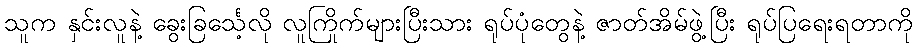
သူက နှင်းလူနဲ့ ခွေးခြင်္သေ့လို လူကြိုက်များပြီးသား ရုပ်ပုံတွေနဲ့ ဇာတ်အိမ်ဖွဲ့ပြီး ရုပ်ပြရေးရတာကို